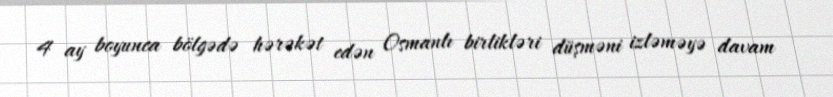
4 ay boyunca bölgədə hərəkət edən Osmanlı birlikləri düşməni izləməyə davam